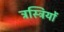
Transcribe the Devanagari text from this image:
ट्रस्ट्रियों